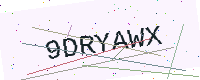
Text: 9DRYAWX